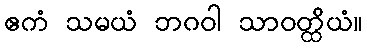
ဧကံ သမယံ ဘဂဝါ သာဝတ္ထိယံ။